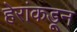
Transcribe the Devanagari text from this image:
हेरांकडून